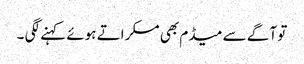
تو آگے سے میڈم بھی مسکراتے ہوئے کہنے لگی ۔